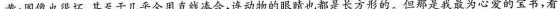
黄；图像也很坏，甚至于几乎全用直线凑合，连动物的眼睛也都是长方形的。但那是我最为心爱的宝书，看